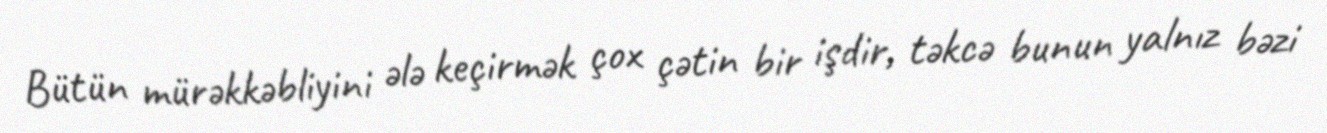
Bütün mürəkkəbliyini ələ keçirmək çox çətin bir işdir, təkcə bunun yalnız bəzi